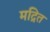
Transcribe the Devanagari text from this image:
मद्रित